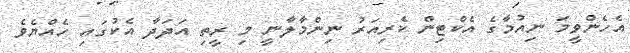
އެހެންވީމަ ނިއުމާގެ އެކްޓިން ކެރިއަރު ނިންމާލާނީ މި ރީތި އަދަދާ އެކުގައި ހެއްޔެވެ